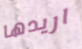
اريدها